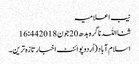
نیب اعلامیہ
ثنااللہ ناگرہ بدھ 20 جون 2018 16:44
اسلام آباد(اُردوپوائنٹ اخبارتازہ ترین۔